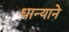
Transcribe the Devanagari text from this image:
धान्याने